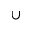
\cup